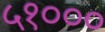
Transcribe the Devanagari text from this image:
५१०००